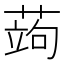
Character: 蒟